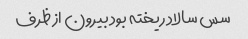
سس سالاد ریخته بود بیرون از ظرف